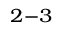
_ { 2 - 3 }